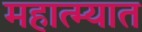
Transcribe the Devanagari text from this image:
महात्म्यात